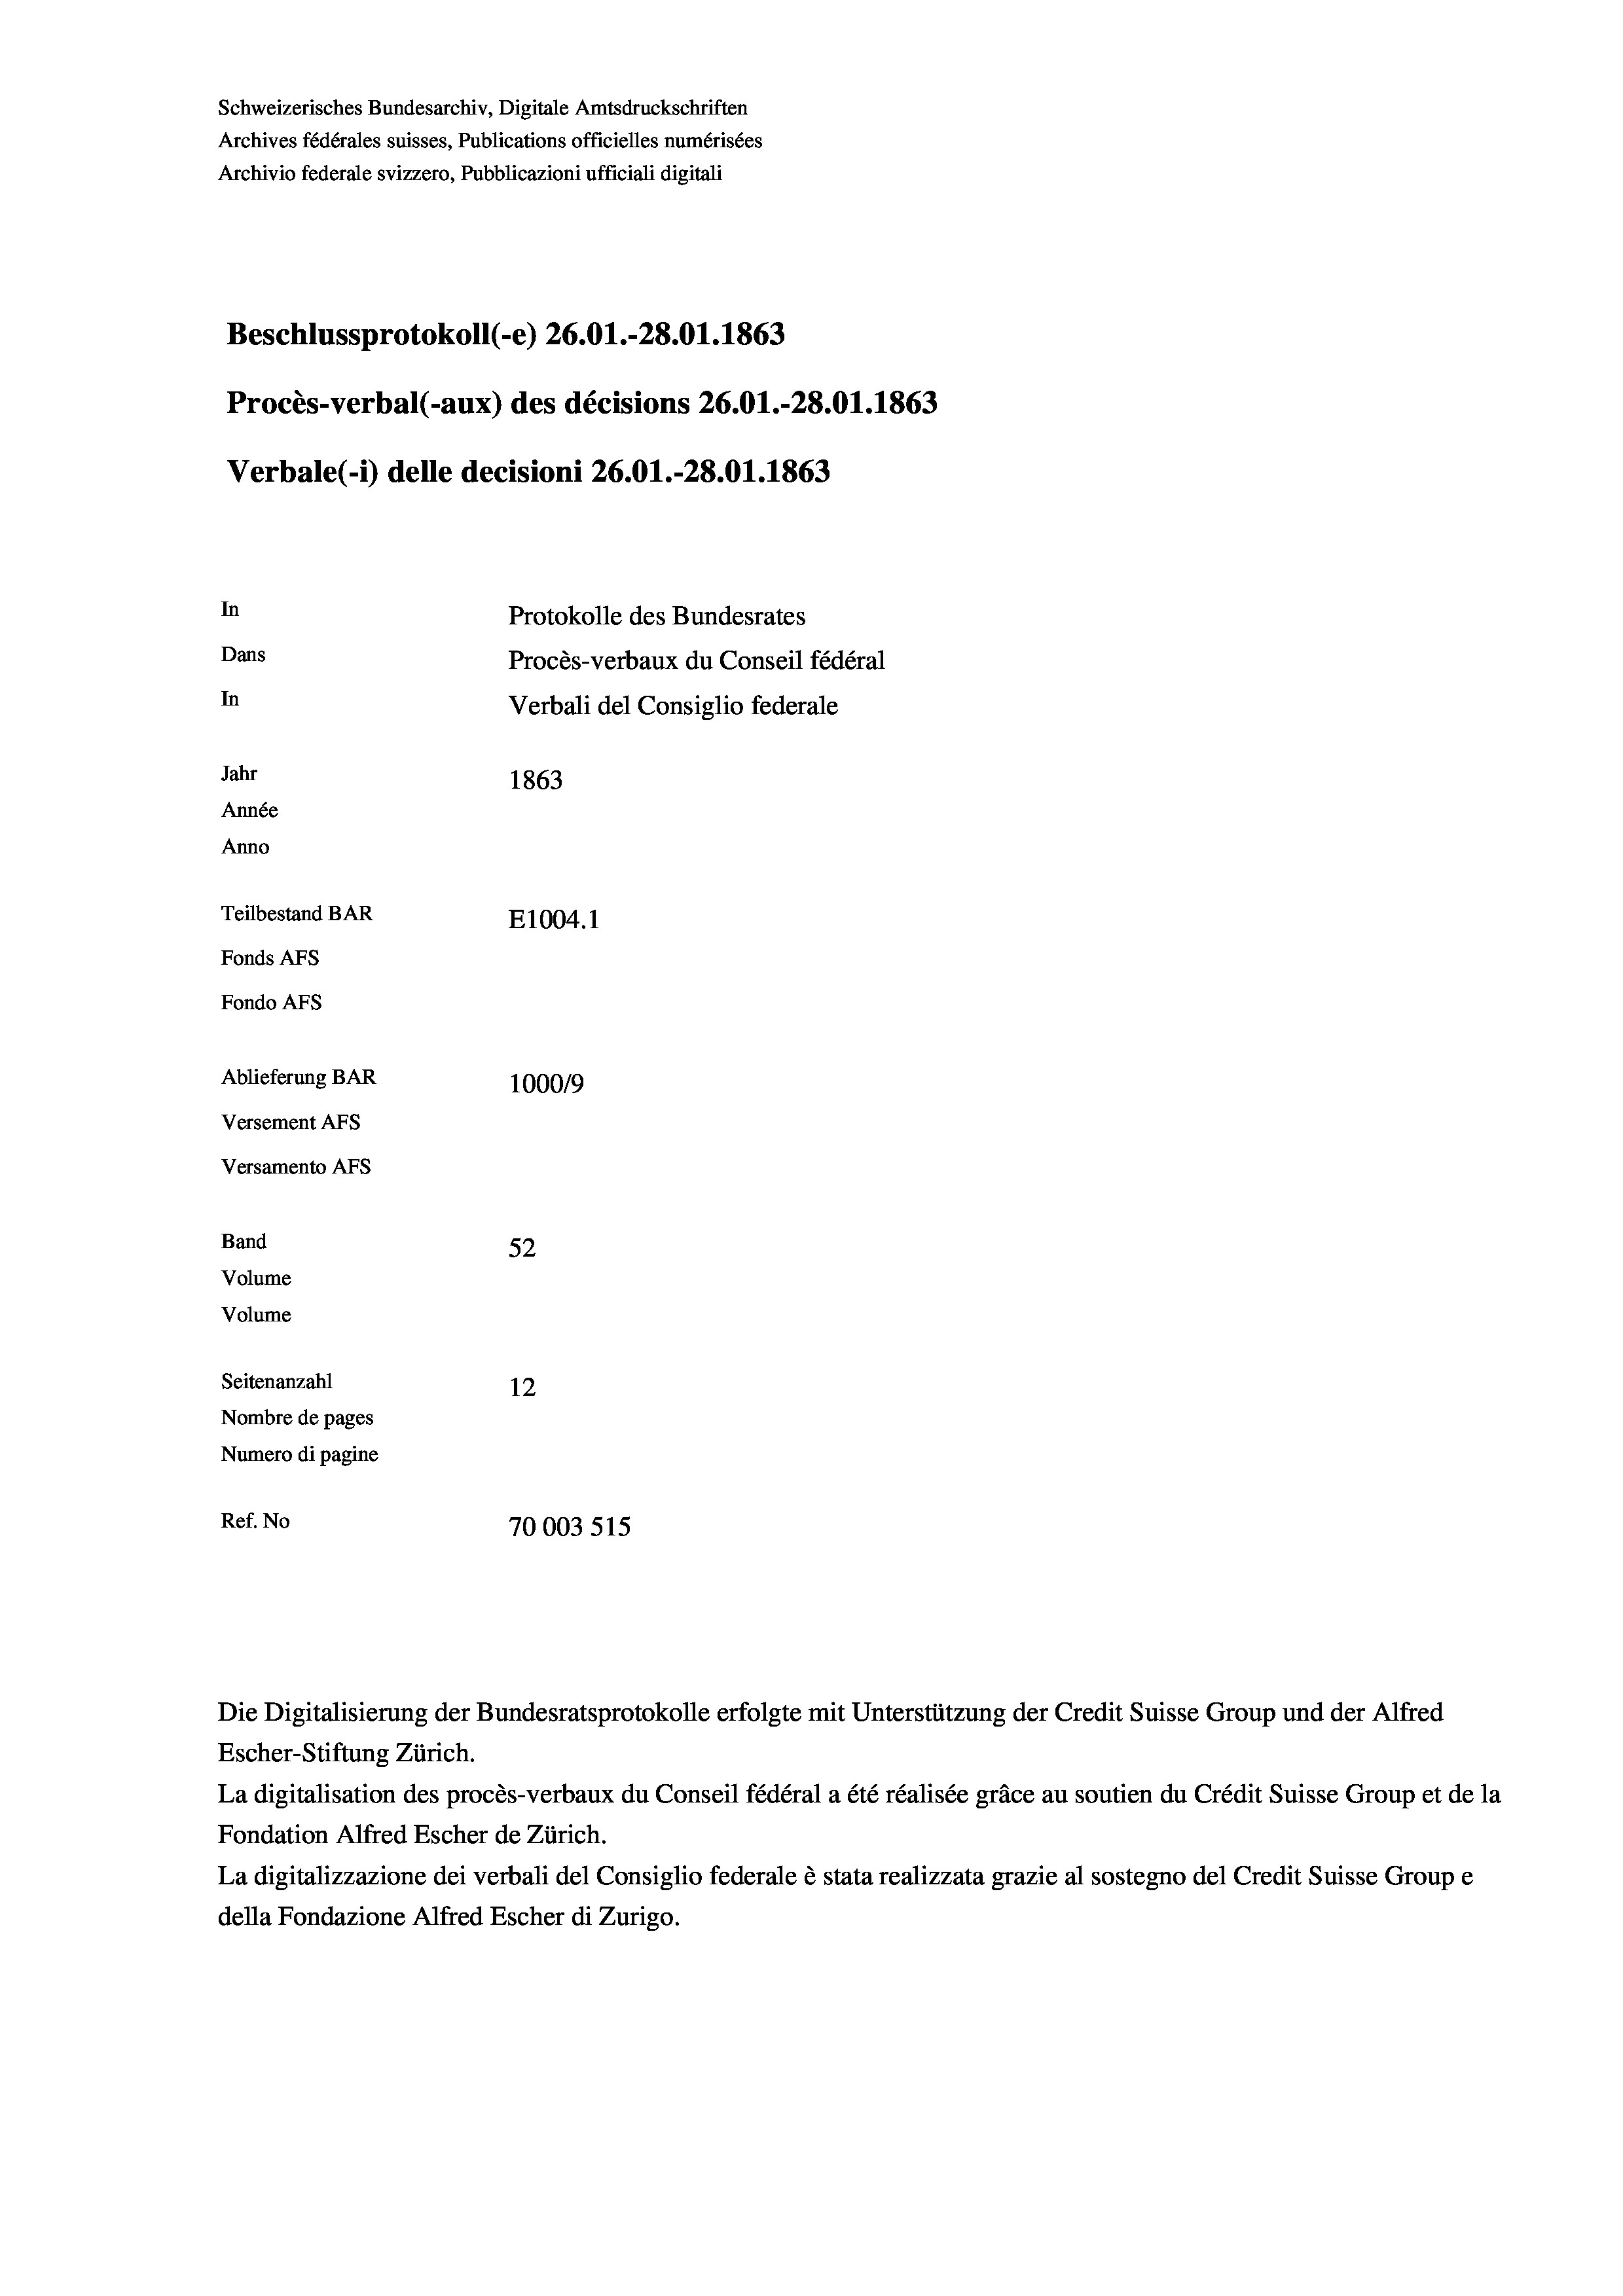
Schweizerisches Bundesarchiv, Digitale Amtsdruckschriften
Archives fédérales suisses, Publications officielles numérisées
Archivio federale svizzero, Pubblicazioni ufficiali digitali
Beschlussprotokoll (-e) 26.01.-28.01. 1863
Procès-verbal (-aux) des décisions 26.01.-28.01. 1863
Verbale (- 1) delle decisioni 26.01.-28.01. 1863
In
Protokolle des Bundesrates
Dans
Procès-verbaux du Conseil fédéral
In
Verbali del Consiglio federale
Jahr
1863
Année
Anno
Teilbestand BAR
E1004. 1
Fonds AFs
Fondo AFs
Ablieferung BAR
100019
Versement AFs
Versamento Afs
Band
52
Volume
Volume
Seitenanzahl
12
Nombre de pages
Numero di pagine
Ref. No
70003 515

Escher-Stiftung Zürich.
La digitalisation des procès-verbaux du Conseil fédéral a été réalisée gräce au soutien du Crédit Suisse Group et de la
Fondation Alfred Escher de Zürich.
La digitalizzazione dei verbali del Consiglio federale è stata realizzata grazie al sostegno del Credit Suisse Groupe
della Fondazione Alfred Escher di Zurigo.

Die Digitalisierung der Bundesratsprotokolle erfolgte mit Unterstützung der Credit Suisse Group und der Alfred